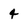
Character: 4